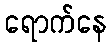
ရောက်နေ